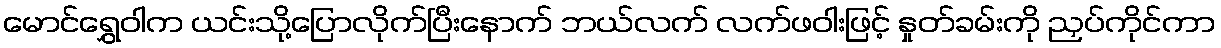
မောင်ရွှေဝါက ယင်းသို့ပြောလိုက်ပြီးနောက် ဘယ်လက် လက်ဖဝါးဖြင့် နှုတ်ခမ်းကို ညှပ်ကိုင်ကာ